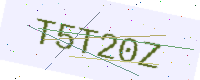
Text: T5T20Z